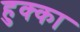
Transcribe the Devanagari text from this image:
हुक्‍का